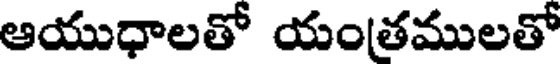
ఆయుధాలతో యంతములతో